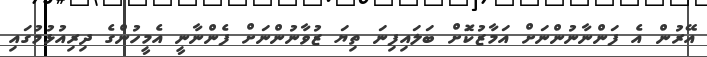
އޭރުން އެ ފަންނާނުންނަށް އަމާޒުކޮަށް ބަލައިފިނަ ތިޔަ ޒުވާނުންނަށް ފެންނާނީ އެމީހުންގެ ދިރިއުޅުމުގައި